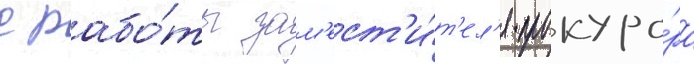
с рабо́ты зам'ест'и́т'ел'я прокуро́ра